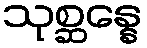
သုစ္ဆန္နေ